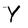
Character: Y